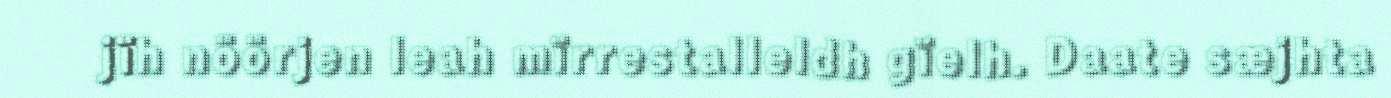
jïh nöörjen leah mïrrestalleldh gïelh. Daate sæjhta